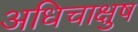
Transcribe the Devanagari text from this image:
अधिचाक्षुष